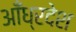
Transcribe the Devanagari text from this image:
आँध्रदेश